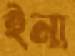
ইনা